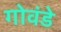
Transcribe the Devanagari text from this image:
गोवंडे